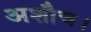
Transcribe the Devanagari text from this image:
अशौच।